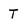
Character: T